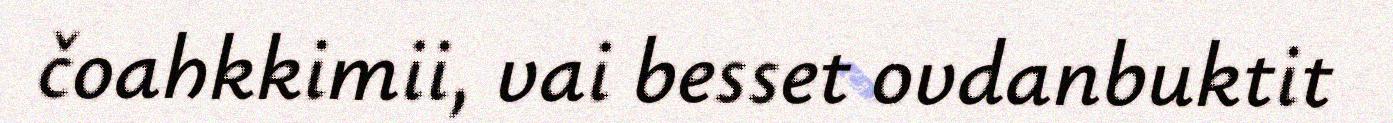
čoahkkimii, vai besset ovdanbuktit